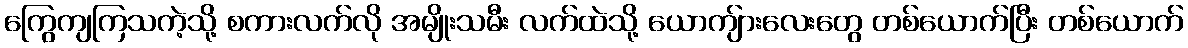
ကြွေကျကြသကဲ့သို့ စကားလက်လို အမျိုးသမီး လက်ထဲသို့ ယောကျ်ားလေးတွေ တစ်ယောက်ပြီး တစ်ယောက်